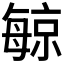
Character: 𪵔